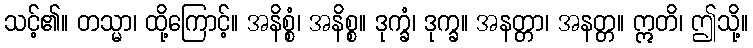
သင့်၏။ တသ္မာ၊ ထို့ကြောင့်။ အနိစ္စံ၊ အနိစ္စ။ ဒုက္ခံ၊ ဒုက္ခ။ အနတ္တာ၊ အနတ္တ။ ဣတိ၊ ဤသို့။